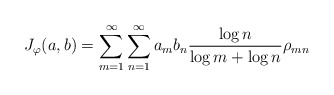
\begin{align*} J_\varphi(a,b) = \sum_{m=1}^\infty \sum_{n=1}^\infty a_m b_n \frac{\log n}{\log m + \log n} \rho_{mn} \end{align*}